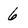
Character: 6